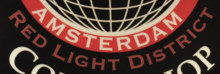
RED LIGHT DISTRICT